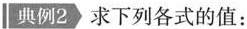
典例2 求下列各式的值：